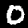
Label: 0